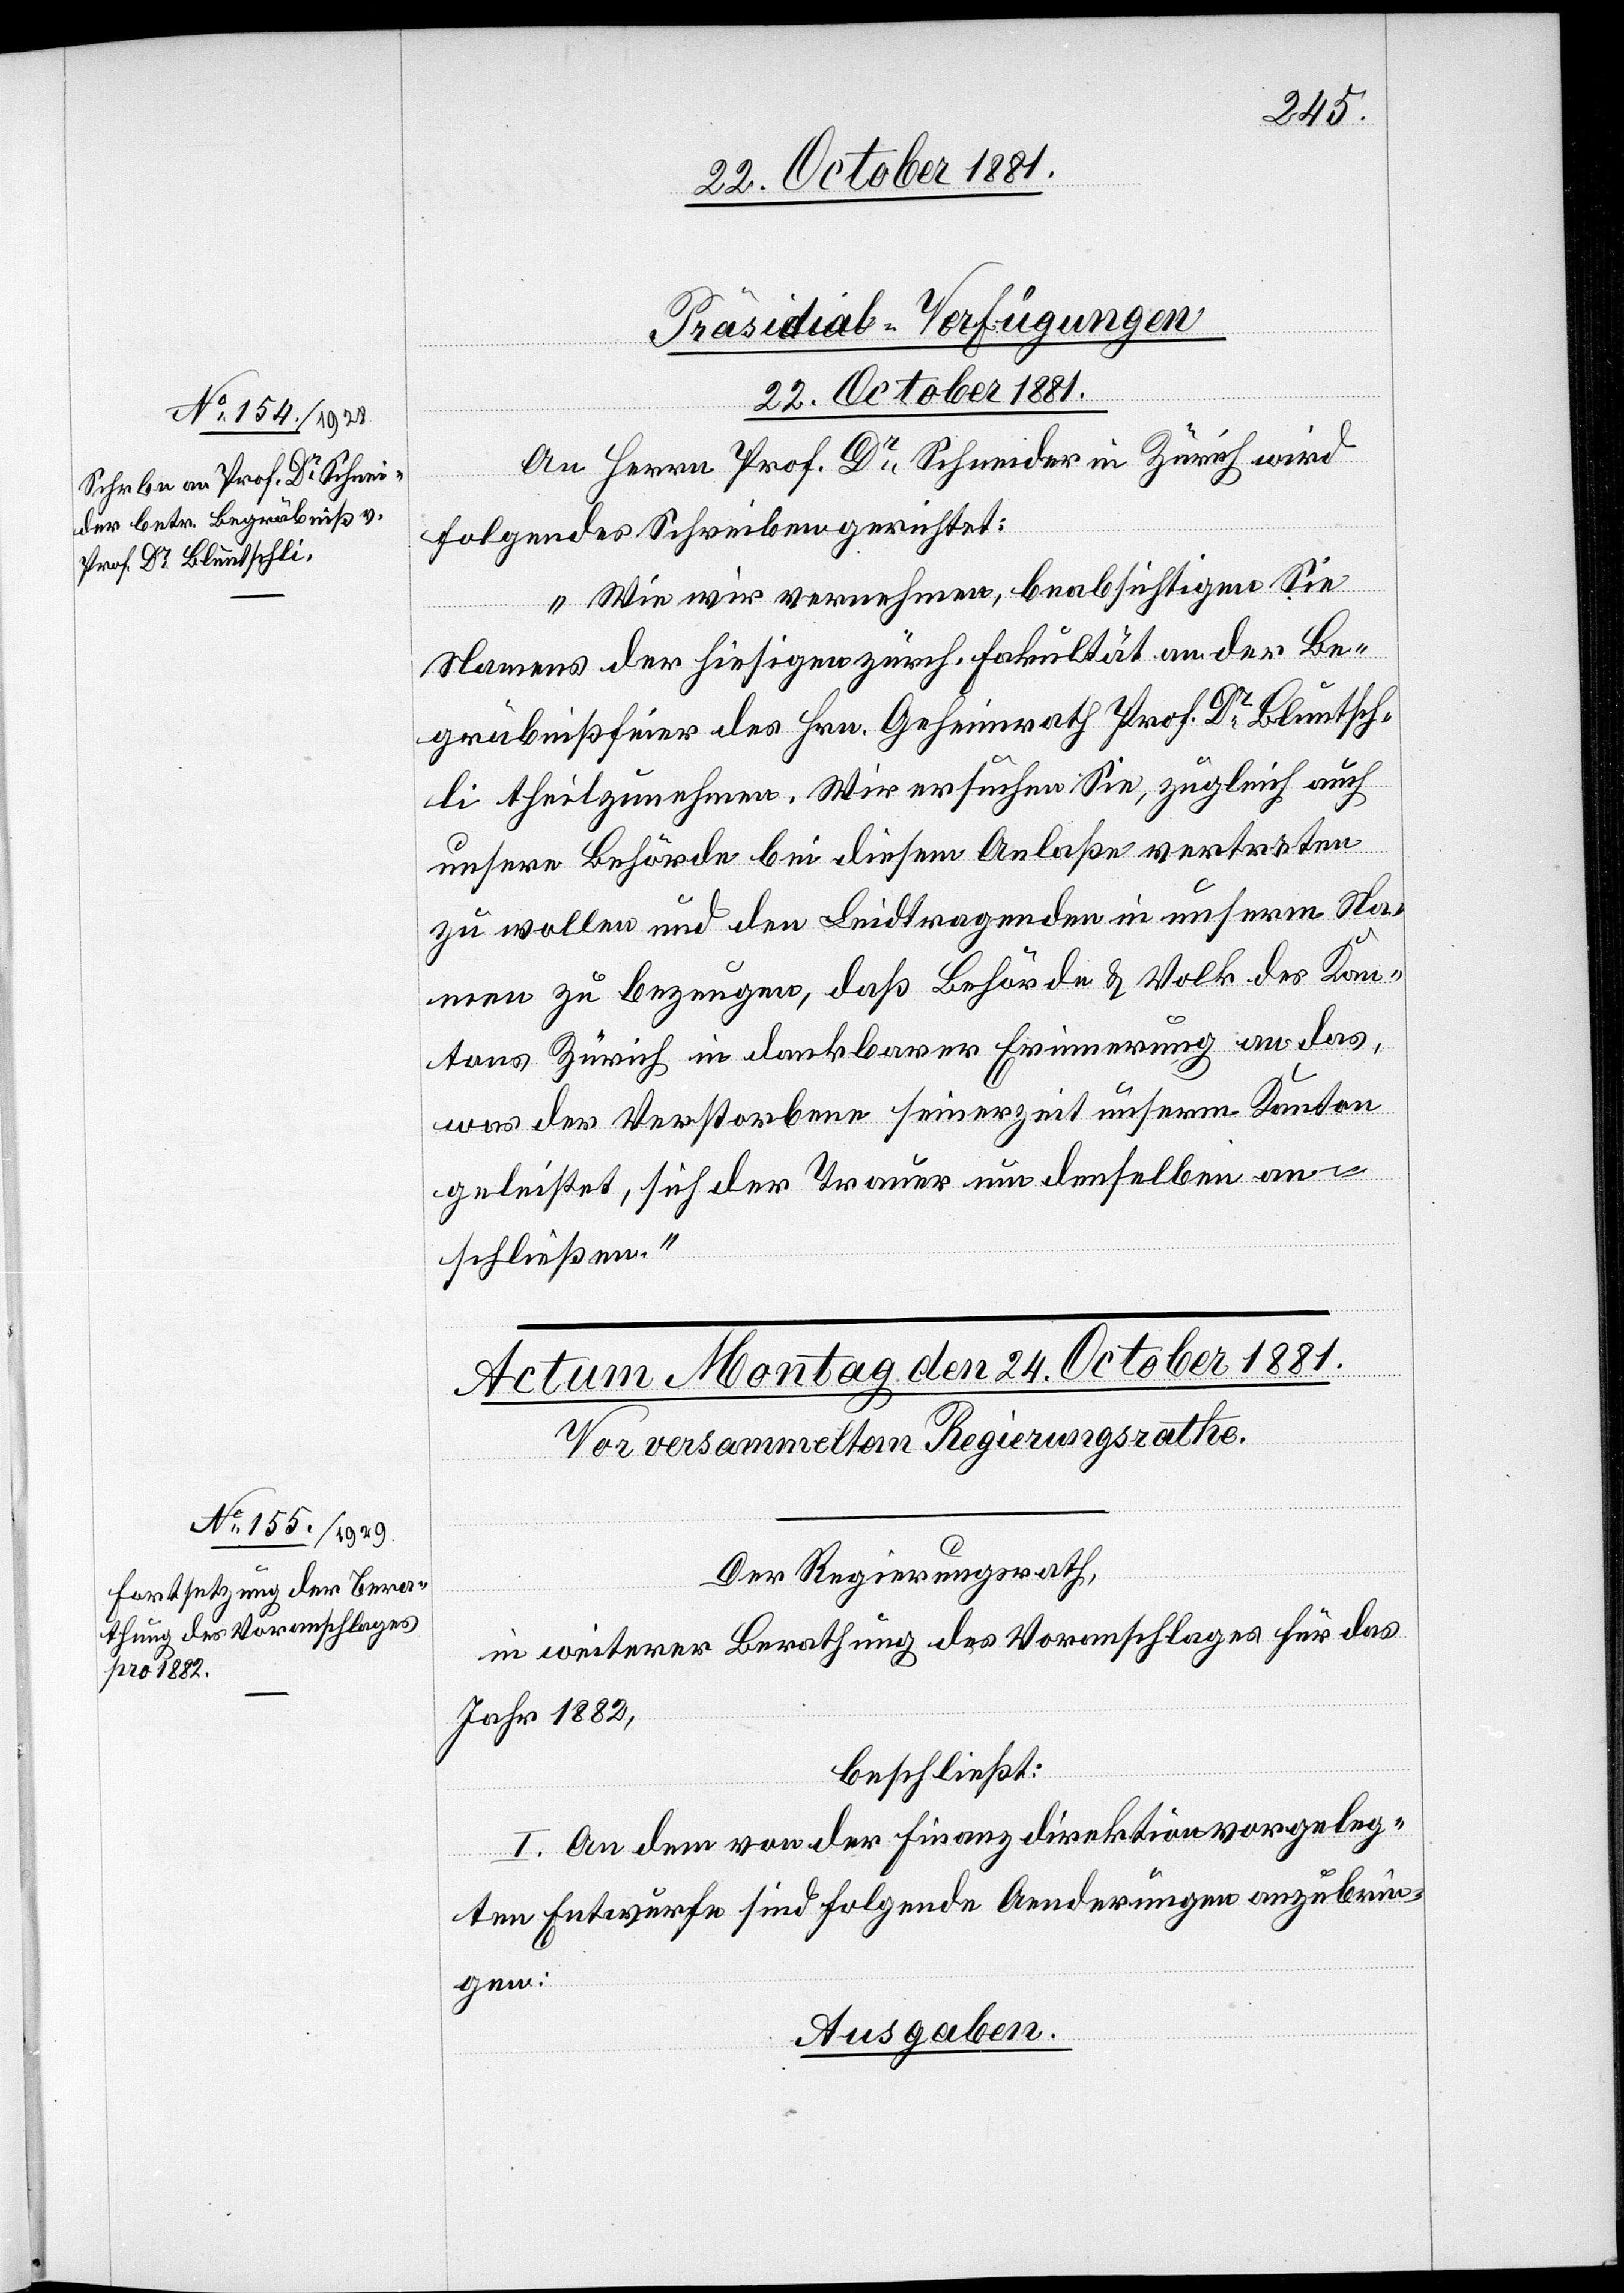
Präsidial-Verfügungen
22. October 1881.
An Herrn Prof. Dr Schneider in Zürich wird
folgendes Schreiben gerichtet:
„Wie wir vernehmen, beabsichtigen Sie
Namens der hiesigen zürch. Fakultät an der Be¬
gräbnißfeier des Hrn. Geheimrath Prof. Dr Bluntsch¬
li theilzunehmen. Wir ersuchen Sie, zugleich auch
unsere Behörde bei diesem Anlaße vertreten
zu wollen und den Leidtragenden in unserem Na¬
men zu bezeugen, daß Behörde & Volk des Kan¬
tons Zürich in dankbarer Erinnerung an das,
was der Verstorbene seinerzeit unserem Kanton
geleistet, sich der Trauer um denselben an¬
schließen.“
Der Regierungsrath,
in weiterer Berathung des Voranschlages für das
Jahr 1882,
beschließt:
I. An dem von der Finanzdirektion vorgeleg¬
ten Entwurfe sind folgende Aenderungen anzubrin¬
gen:
Ausgaben.